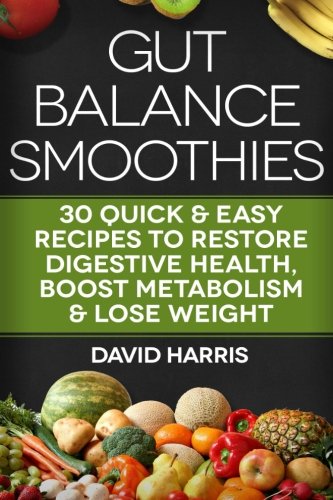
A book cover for Gut Balance Smoothies: 30 Quick & Easy Recipes to Restore Digestive Health, Boost Metabolism & Lose Weight; David Harris; Cookbooks, Food & Wine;